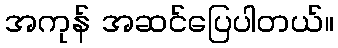
အကုန် အဆင်ပြေပါတယ်။